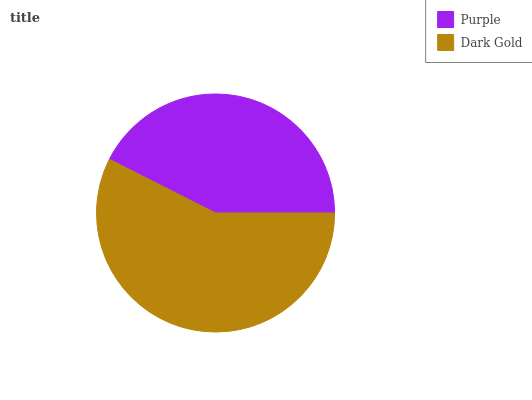
| Purple | Dark Gold |
 | --- | --- |
 | 42.5% | 57.5% |